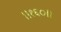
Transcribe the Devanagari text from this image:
॥१६०॥